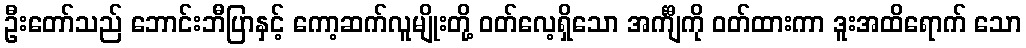
ဦးတော်သည် ဘောင်းဘီပြာနှင့် ကော့ဆက်လူမျိုးတို့ ဝတ်လေ့ရှိသော အင်္ကျီကို ဝတ်ထားကာ ဒူးအထိရောက် သော